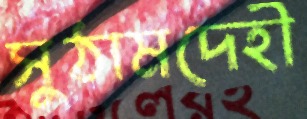
সুঠামদেহী